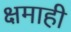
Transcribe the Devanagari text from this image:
क्षमाही